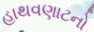
હાથવણાટનો